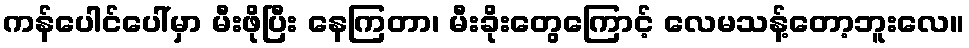
ကန်ပေါင်ပေါ်မှာ မီးဖိုပြီး နေကြတာ၊ မီးခိုးတွေကြောင့် လေမသန့်တော့ဘူးလေ။